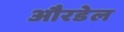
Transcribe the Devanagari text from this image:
औरडेल